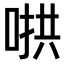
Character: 𫪵